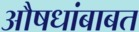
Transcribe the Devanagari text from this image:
औषधांबाबत